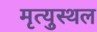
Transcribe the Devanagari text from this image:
मृत्युस्थल